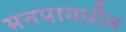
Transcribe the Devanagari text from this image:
मनपामधील